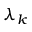
\lambda _ { k }